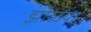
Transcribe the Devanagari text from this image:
झोळया